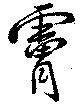
膚